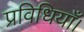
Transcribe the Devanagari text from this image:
प्रविधियाँ।